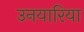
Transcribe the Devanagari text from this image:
उनयारिया